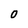
Character: 0